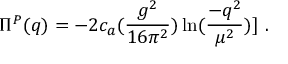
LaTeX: { { \Pi } ^ { P } } ( q ) = - 2 c _ { a } ( \frac { g ^ { 2 } } { 1 6 \pi ^ { 2 } } ) \ln ( \frac { - q ^ { 2 } } { \mu ^ { 2 } } ) ] ~ .